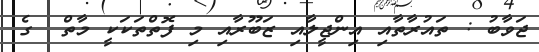
ޖަވާބު : ތައުރާތާއި އިންޖީލާއި ޒަބޫރާއި މި ފޮތްތަކަކީ މާތް  ގެ